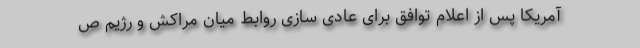
آمریکا پس از اعلام توافق برای عادی سازی روابط میان مراکش و رژیم ص